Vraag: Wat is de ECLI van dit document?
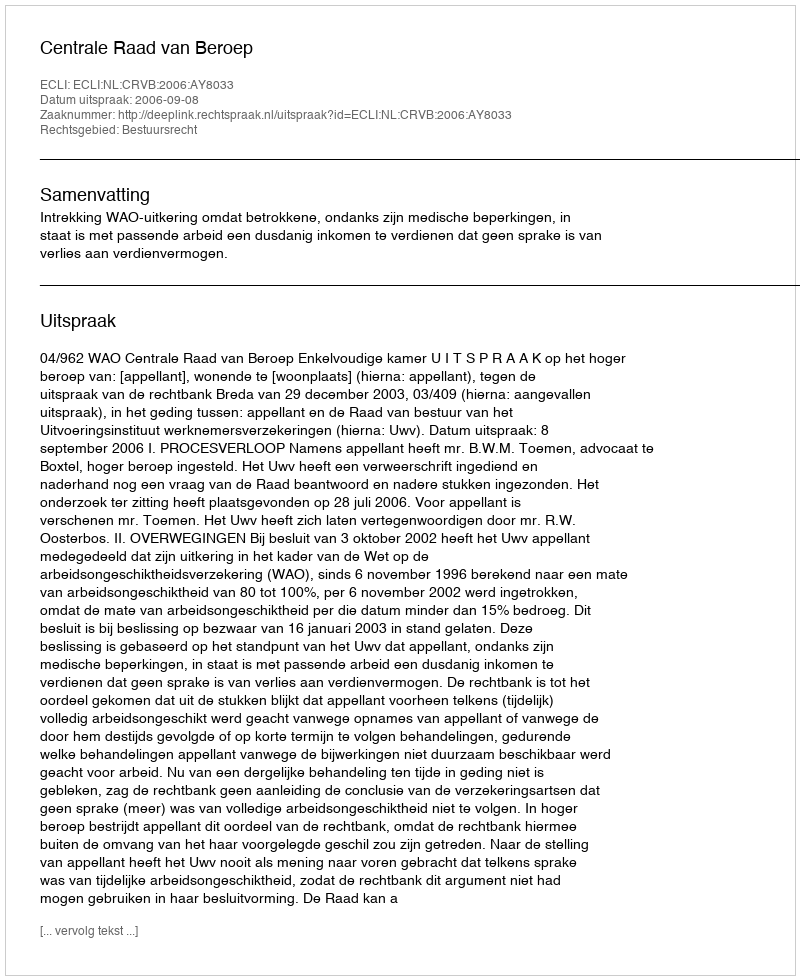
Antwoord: ECLI:NL:CRVB:2006:AY8033